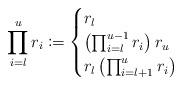
LaTeX: \begin{align*} \prod_{i=l}^{u} r_i \coloneqq \begin{cases} r_l & \\ \left( \prod_{i=l}^{u-1} r_i \right) r_u & \\ r_l \left( \prod_{i=l+1}^u r_i \right) & \end{cases}\end{align*}